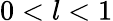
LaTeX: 0<l<1